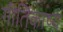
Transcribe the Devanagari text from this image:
गीतिकाष्य